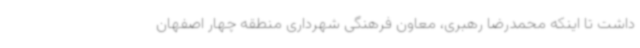
داشت تا اینکه محمدرضا رهبری، معاون فرهنگی شهرداری منطقه چهار اصفهان